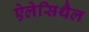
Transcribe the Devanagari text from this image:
ऐलेसिथैल